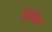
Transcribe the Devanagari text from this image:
ठेवलेलं